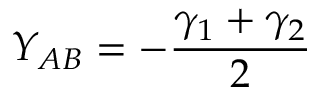
Y _ { A B } = - \frac { \gamma _ { 1 } + \gamma _ { 2 } } { 2 }